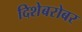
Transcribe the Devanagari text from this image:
दिशेबरोबर